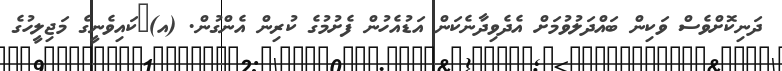
ދަނިކޮށްވެސް ވަކިން ބައްދަލުވުމަށް އެދެވިދާނެކަން އަޑުއެހުން ފެށުމުގެ ކުރިން އެންގުން. (އ)	ކައިވެނީގެ މަޖިލީހުގެ